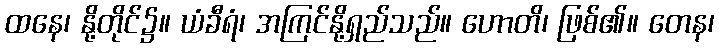
ထနေ၊ နို့တိုင်၌။ ယံခီရံ၊ အကြင်နို့ရှည်သည်။ ဟောတိ၊ ဖြစ်၏။ တေန၊